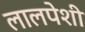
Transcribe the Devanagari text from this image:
लालपेशी